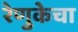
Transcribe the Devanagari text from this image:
रेणुकेचा